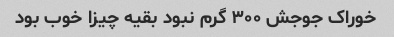
خوراک جوجش ۳۰۰ گرم نبود بقیه چیزا خوب بود